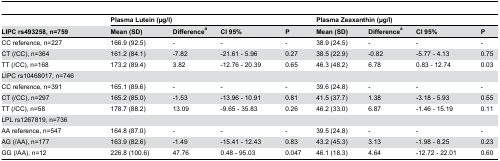
<table><thead><tr><td></td><td colspan="4"><b>Plasma Lutein (μg/l)</b></td><td colspan="4"><b>Plasma Zeaxanthin (μg/l)</b></td></tr><tr><td><b>LIPC rs493258, n=759</b></td><td><b>Mean (SD)</b></td><td><b>Difference<sup>a</sup></b></td><td><b>CI 95%</b></td><td><b>P</b></td><td><b>Mean (SD)</b></td><td><b>Difference<sup>a</sup></b></td><td><b>CI 95%</b></td><td><b>P</b></td></tr></thead><tbody><tr><td>CC reference, n=227</td><td>166.9 (92.5)</td><td>-</td><td>-</td><td>-</td><td>38.9 (24.5)</td><td>-</td><td>-</td><td>-</td></tr><tr><td>CT (/CC), n=364</td><td>161.2 (84.1)</td><td>-7.82</td><td>-21.61 - 5.96</td><td>0.27</td><td>38.5 (22.9)</td><td>-0.82</td><td>-5.77 - 4.13</td><td>0.75</td></tr><tr><td>TT (/CC), n=168</td><td>173.2 (89.4)</td><td>3.82</td><td>-12.76 - 20.39</td><td>0.65</td><td>46.3 (48.2)</td><td>6.78</td><td>0.83 - 12.74</td><td>0.03</td></tr><tr><td>LIPC rs10468017, n=746</td><td></td><td></td><td></td><td></td><td></td><td></td><td></td><td></td></tr><tr><td>CC reference, n=391</td><td>165.1 (89.6)</td><td>-</td><td>-</td><td>-</td><td>39.6 (24.8)</td><td>-</td><td>-</td><td>-</td></tr><tr><td>CT (/CC), n=297</td><td>165.2 (85.0)</td><td>-1.53</td><td>-13.96 - 10.91</td><td>0.81</td><td>41.5 (37.7)</td><td>1.38</td><td>-3.18 - 5.93</td><td>0.55</td></tr><tr><td>TT (/CC), n=58</td><td>178.7 (88.2)</td><td>13.09</td><td>-9.65 - 35.83</td><td>0.26</td><td>46.2 (33.0)</td><td>6.87</td><td>-1.46 - 15.19</td><td>0.11</td></tr><tr><td>LPL rs1267819, n=736</td><td></td><td></td><td></td><td></td><td></td><td></td><td></td><td></td></tr><tr><td>AA reference, n=547</td><td>164.8 (87.0)</td><td>-</td><td>-</td><td>-</td><td>39.5 (24.8)</td><td>-</td><td>-</td><td>-</td></tr><tr><td>AG (/AA), n=177</td><td>163.9 (82.6)</td><td>-1.49</td><td>-15.41 - 12.43</td><td>0.83</td><td>43.2 (45.3)</td><td>3.13</td><td>-1.98 - 8.25</td><td>0.23</td></tr><tr><td>GG (/AA), n=12</td><td>226.8 (100.6)</td><td>47.76</td><td>0.48 - 95.03</td><td>0.047</td><td>46.1 (18.3)</td><td>4.64</td><td>-12.72 - 22.01</td><td>0.60</td></tr></tbody></table>